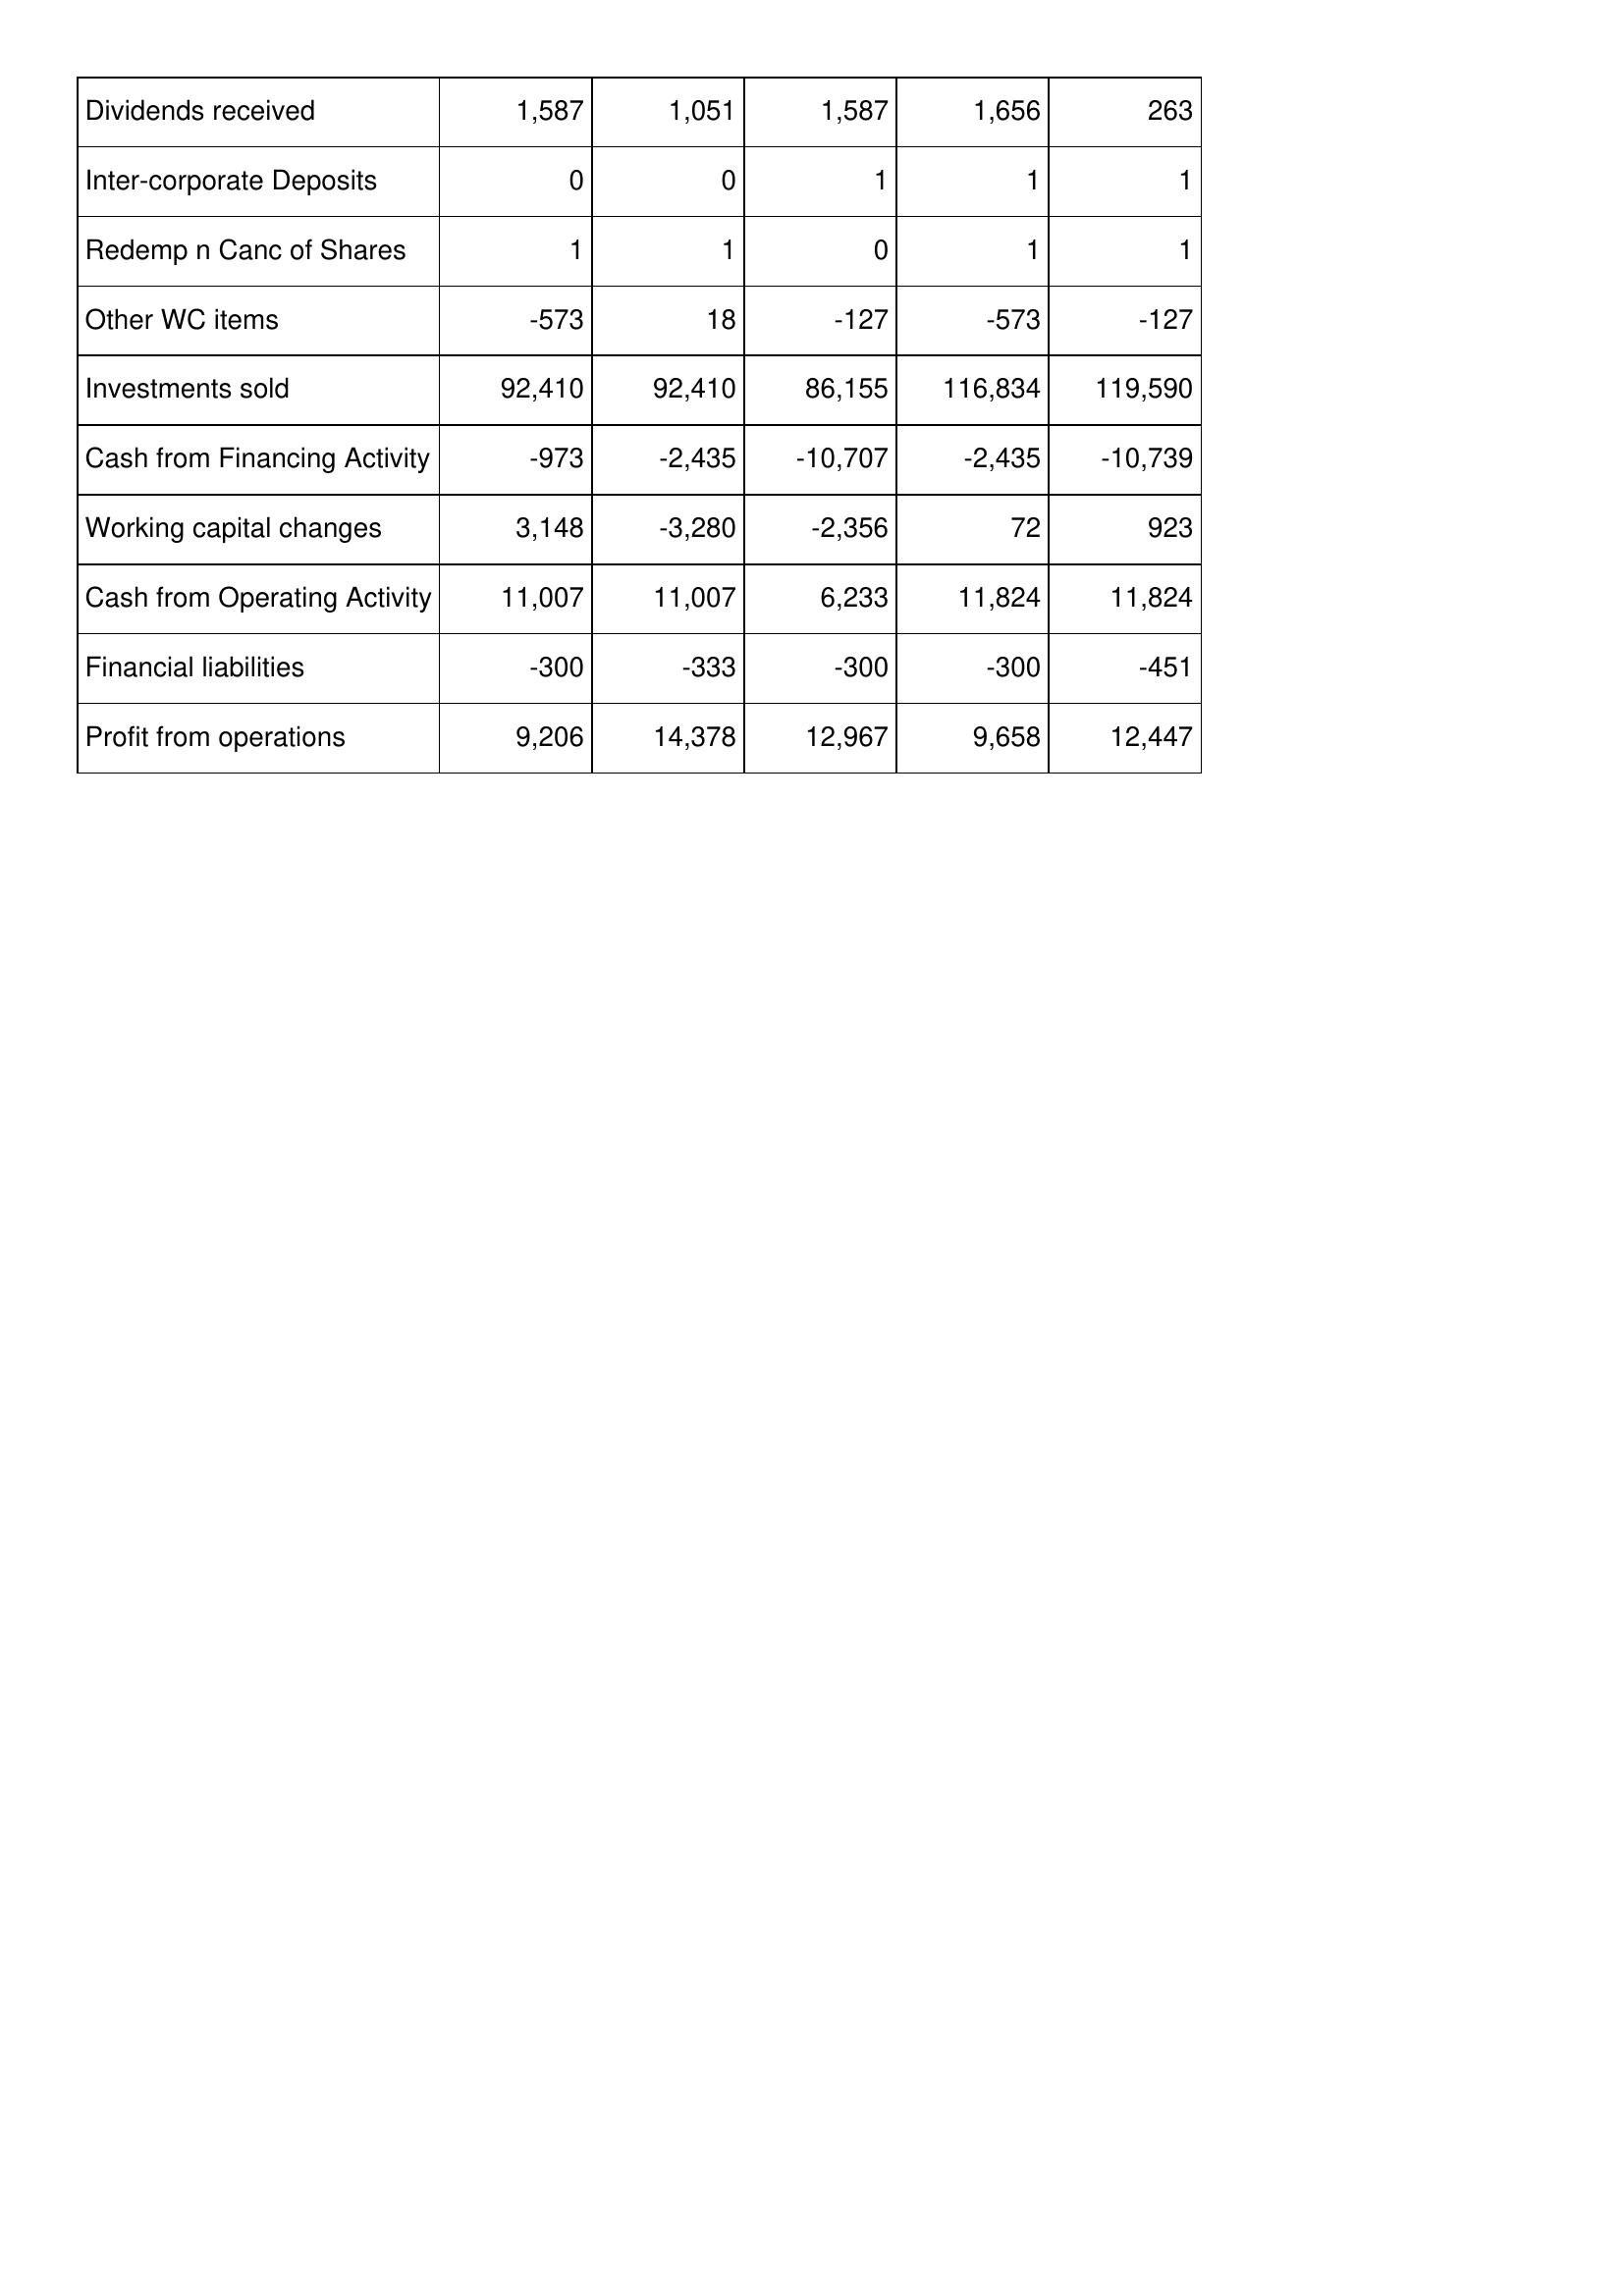
May-15: Cash Flows: Dividends received: 1,587
Inter-corporate Deposits: 0
Redemp n Canc of Shares: 1
Other WC items: -573
Investments sold: 92,410
Cash from Financing Activity: -973
Working capital changes: 3,148
Cash from Operating Activity: 11,007
Financial liabilities: -300
Profit from operations: 9,206
May-14: Cash Flows: Dividends received: 1,051
Inter-corporate Deposits: 0
Redemp n Canc of Shares: 1
Other WC items: 18
Investments sold: 92,410
Cash from Financing Activity: -2,435
Working capital changes: -3,280
Cash from Operating Activity: 11,007
Financial liabilities: -333
Profit from operations: 14,378
May-13: Cash Flows: Dividends received: 1,587
Inter-corporate Deposits: 1
Redemp n Canc of Shares: 0
Other WC items: -127
Investments sold: 86,155
Cash from Financing Activity: -10,707
Working capital changes: -2,356
Cash from Operating Activity: 6,233
Financial liabilities: -300
Profit from operations: 12,967
May-12: Cash Flows: Dividends received: 1,656
Inter-corporate Deposits: 1
Redemp n Canc of Shares: 1
Other WC items: -573
Investments sold: 116,834
Cash from Financing Activity: -2,435
Working capital changes: 72
Cash from Operating Activity: 11,824
Financial liabilities: -300
Profit from operations: 9,658
May-11: Cash Flows: Dividends received: 263
Inter-corporate Deposits: 1
Redemp n Canc of Shares: 1
Other WC items: -127
Investments sold: 119,590
Cash from Financing Activity: -10,739
Working capital changes: 923
Cash from Operating Activity: 11,824
Financial liabilities: -451
Profit from operations: 12,447